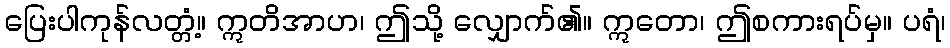
ပြေးပါကုန်လတ္တံ့။ ဣတိအာဟ၊ ဤသို့ လျှောက်၏။ ဣတော၊ ဤစကားရပ်မှ။ ပရံ၊